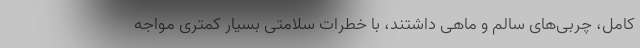
کامل، چربی‌های سالم و ماهی داشتند، با خطرات سلامتی بسیار کمتری مواجه